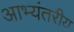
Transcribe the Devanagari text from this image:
आभ्यंतरीय